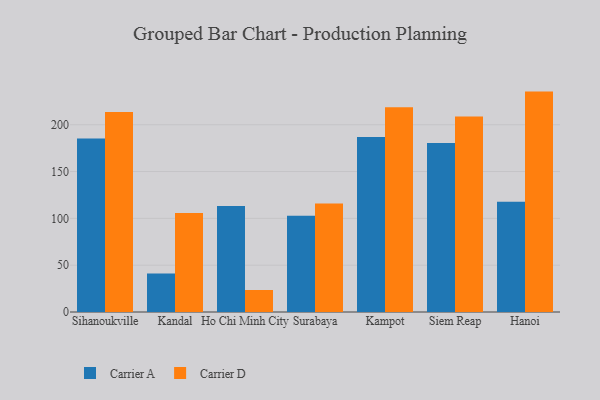
{"axis": {"x": "City", "y": "Energy Usage (MWh)"}, "legend": ["Carrier A", "Carrier D"], "data": [{"x": "Sihanoukville", "y": 185.4, "type": "Carrier A"}, {"x": "Sihanoukville", "y": 213.7, "type": "Carrier D"}, {"x": "Kandal", "y": 41.0, "type": "Carrier A"}, {"x": "Kandal", "y": 105.8, "type": "Carrier D"}, {"x": "Ho Chi Minh City", "y": 113.2, "type": "Carrier A"}, {"x": "Ho Chi Minh City", "y": 23.5, "type": "Carrier D"}, {"x": "Surabaya", "y": 102.8, "type": "Carrier A"}, {"x": "Surabaya", "y": 115.9, "type": "Carrier D"}, {"x": "Kampot", "y": 186.9, "type": "Carrier A"}, {"x": "Kampot", "y": 218.6, "type": "Carrier D"}, {"x": "Siem Reap", "y": 180.5, "type": "Carrier A"}, {"x": "Siem Reap", "y": 208.8, "type": "Carrier D"}, {"x": "Hanoi", "y": 117.7, "type": "Carrier A"}, {"x": "Hanoi", "y": 235.4, "type": "Carrier D"}]}